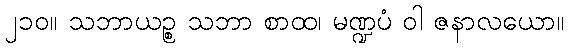
၂၁၀။ သဘာယဉ္စ သဘာ စာထ၊ မဏ္ဍပံ ဝါ ဇနာလယော။